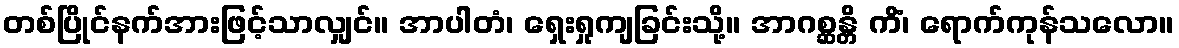
တစ်ပြိုင်နက်အားဖြင့်သာလျှင်။ အာပါတံ၊ ရှေးရှုကျခြင်းသို့။ အာဂစ္ဆန္တိ ကိံ၊ ရောက်ကုန်သလော။